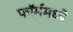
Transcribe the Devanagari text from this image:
फॉर्ममध्‍ये